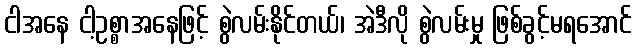
ငါအနေ ငါ့ဥစ္စာအနေဖြင့် စွဲလမ်းနိုင်တယ်၊ အဲဒီလို စွဲလမ်းမှု ဖြစ်ခွင့်မရအောင်